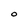
Character: O